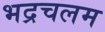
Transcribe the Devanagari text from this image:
भद्रचलम